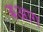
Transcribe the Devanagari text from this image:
बआग